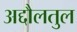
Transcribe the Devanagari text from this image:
अद्दौलतुल